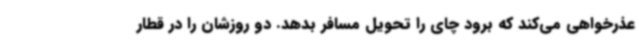
عذرخواهی می‌کند که برود چای را تحویل مسافر بدهد. دو روزشان را در قطار